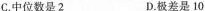
C.中位数是2 D.极差是10